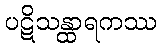
ပဋိသန္ထာရကဿ